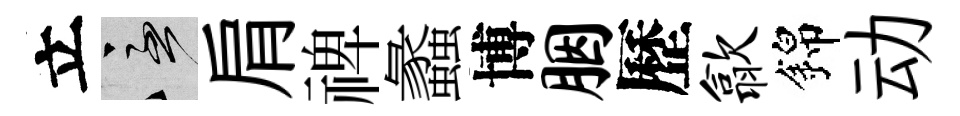
立急肩禆蠡博胭歷歙錦动